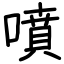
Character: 噴